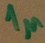
Text: 1µ